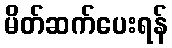
မိတ်ဆက်ပေးရန်